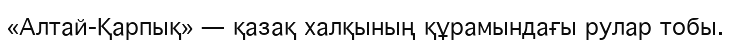
«Алтай-Қарпық» — қазақ халқының құрамындағы рулар тобы.